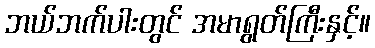
ဘယ်ဘက်ပါးတွင် အမာရွတ်ကြီးနှင့်။